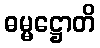
ဓမ္မဋ္ဌောတိ